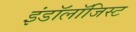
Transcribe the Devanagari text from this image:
इंडॉलॉजिस्ट